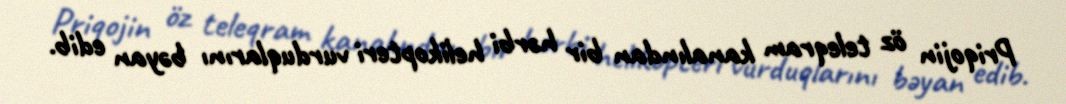
Priqojin öz teleqram kanalından bir hərbi helikopteri vurduqlarını bəyan edib.